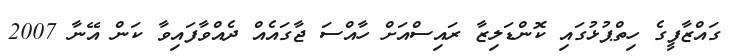
ގައްޒާފީގެ ހިތްޕުޅުގައި ކޮންޑަލިޒާ ރައިސްއަށް ހާއްސަ ޖާގައެއް ދެއްވާފައިވާ ކަން އޭނާ 2007